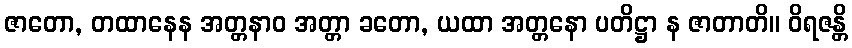
ဇာတော, တထာနေန အတ္တနာဝ အတ္တာ ခတော, ယထာ အတ္တနော ပတိဋ္ဌာ န ဇာတာတိ။ ဝိရဇန္တိ